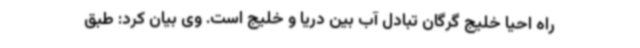
راه احیا خلیج گرگان تبادل آب بین دریا و خلیج است. وی بیان کرد: طبق